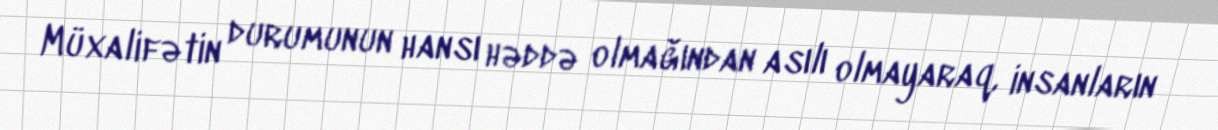
Müxalifətin durumunun hansı həddə olmağından asılı olmayaraq, insanların